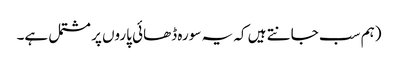
(ہم سب جانتے ہیں کہ یہ سورہ ڈھائی پاروں پر مشتمل ہے۔